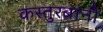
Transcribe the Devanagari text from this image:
कस्तुरबांनी